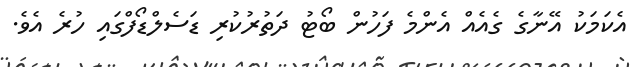
އެކަމަކު އޭނާގެ ގެއެއް އެންމެ ފަހުން ބޯޓު ދަތުރުކުރި ޑަސެލްޑޯފްގައި ހުރެ އެވެ.